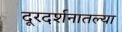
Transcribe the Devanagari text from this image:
दूरदर्शनातल्या